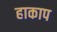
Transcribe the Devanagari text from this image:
हाकाप